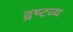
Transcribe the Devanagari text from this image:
द्रष्‍टव्‍य